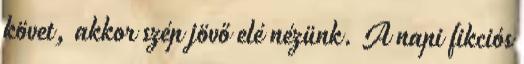
követ, akkor szép jövő elé nézünk. A napi fikciós